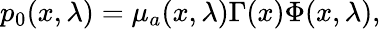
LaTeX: p_{0}(x,\lambda)=\mu_{a}(x,\lambda)\Gamma(x)\Phi(x,\lambda),